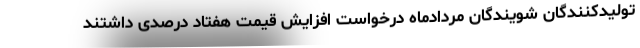
تولیدکنندگان شویندگان مردادماه درخواست افزایش قیمت هفتاد درصدی داشتند